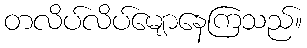
တလိပ်လိပ်မျောနေကြသည်။